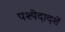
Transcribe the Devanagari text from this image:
पश्येदादर्शे